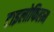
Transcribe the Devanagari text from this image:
टाइलोफिलम